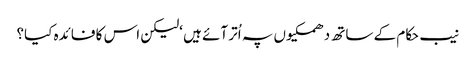
نیب حکام کے ساتھ دھمکیوں پہ اُتر آئے ہیں ‘لیکن اس کا فائدہ کیا؟